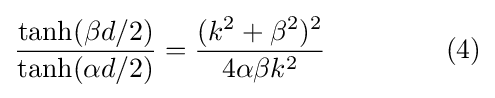
{\frac {\tanh(\beta d/2)}{\tanh(\alpha d/2)}}={\frac {(k^{2}+\beta ^{2})^{2}}{4\alpha \beta k^{2}}}\ \quad \quad \quad \quad (4)